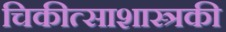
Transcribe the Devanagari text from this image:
चिकीत्साशास्त्रकी